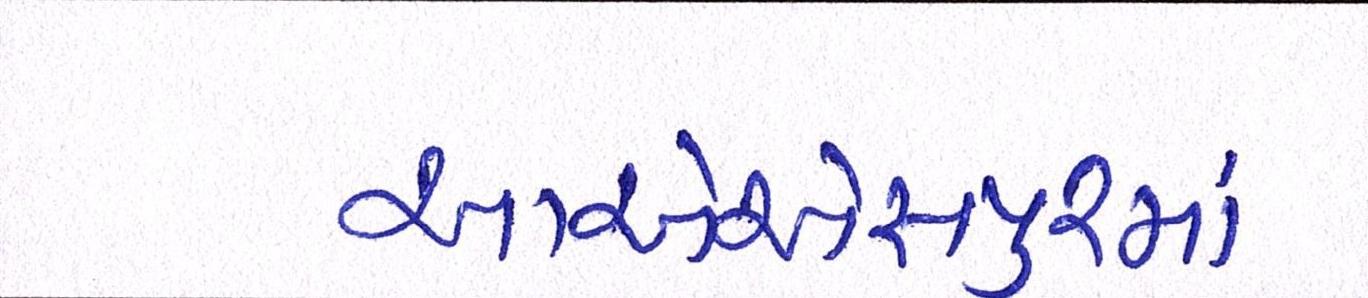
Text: આએએસપુરમાં